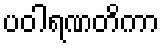
ပဝါရဏတိကာ